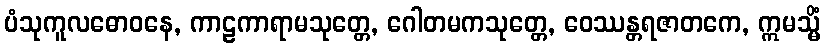
ပံသုကူလဓောဝနေ, ကာဠကာရာမသုတ္တေ, ဂေါတမကသုတ္တေ, ဝေဿန္တရဇာတကေ, ဣမသ္မိံ